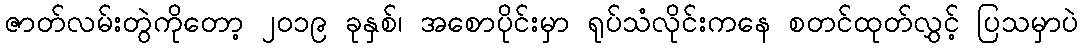
ဇာတ်လမ်းတွဲကိုတော့ ၂၀၁၉ ခုနှစ်၊ အစောပိုင်းမှာ ရုပ်သံလိုင်းကနေ စတင်ထုတ်လွှင့် ပြသမှာပဲ